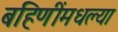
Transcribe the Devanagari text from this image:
बहिणींमधल्या